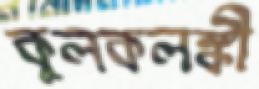
কুলকলঙ্কী